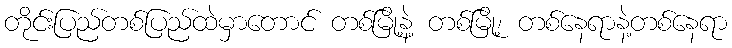
တိုင်းပြည်တစ်ပြည်ထဲမှာတောင် တစ်မြို့နဲ့ တစ်မြို့၊ တစ်နေရာနဲ့တစ်နေရာ